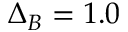
\Delta _ { B } = 1 . 0